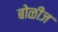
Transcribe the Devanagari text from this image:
बोळींज